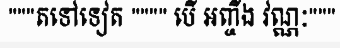
"""តទៅទៀត """" បើ អញ្ចឹង វណ្ណៈ"""